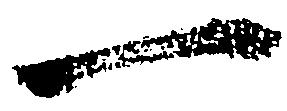
一